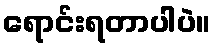
ရောင်းရတာပါပဲ။